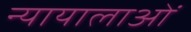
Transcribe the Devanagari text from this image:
न्यायालाओं